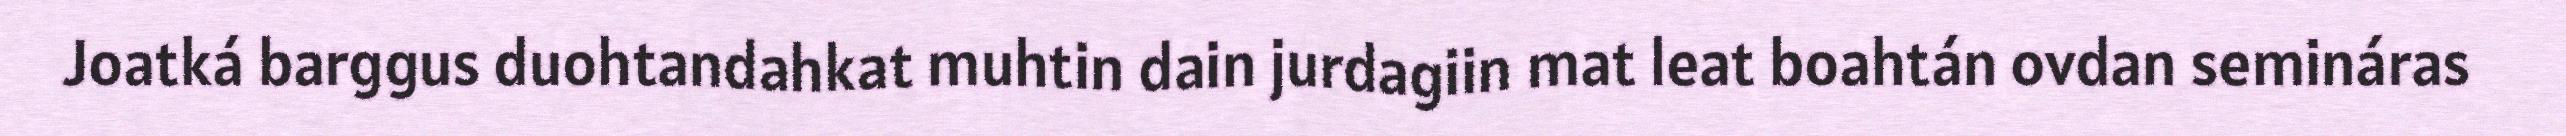
Joatká barggus duohtandahkat muhtin dain jurdagiin mat leat boahtán ovdan semináras